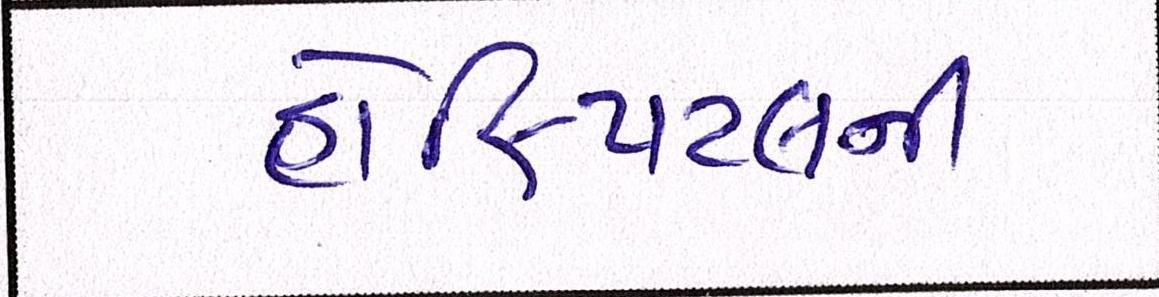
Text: હોસ્પિટલની